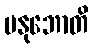
မနုဘောတိ